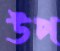
উপ